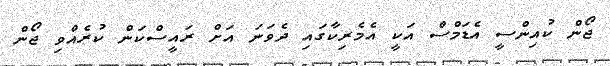
ޖޯން ކުއިންސީ އެޑަމްސް އަކީ އެމެރިކާގައި ދެވަނަ އަށް ރައީސްކަން ކުރެއްވި ޖޯން